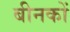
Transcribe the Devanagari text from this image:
बीनकों